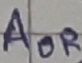
Text: AOR